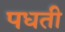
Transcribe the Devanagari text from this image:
पधती